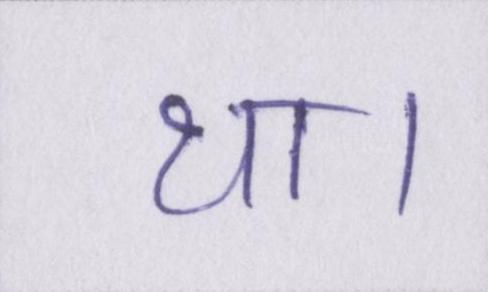
था।